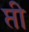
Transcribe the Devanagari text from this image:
प्ती